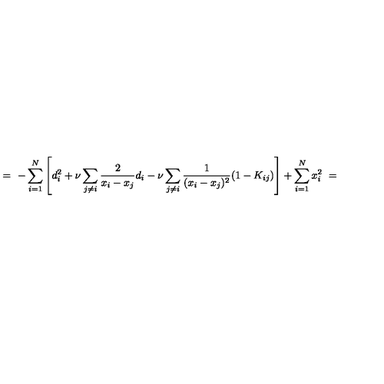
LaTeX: = \ - \sum _ { i = 1 } ^ { N } \left[ d _ { i } ^ { 2 } + \nu \sum _ { j \neq i } \frac 2 { x _ { i } - x _ { j } } d _ { i } - \nu \sum _ { j \neq i } \frac 1 { ( x _ { i } - x _ { j } ) ^ { 2 } } ( 1 - K _ { i j } ) \right] + \sum _ { i = 1 } ^ { N } x _ { i } ^ { 2 } \ =